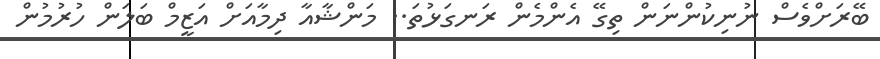
ބޭރަށްވެސް ނުނިކުންނަން ތިގޭ އެންމެން ރަނގަޅުތަ.. މަންޝާއާ ދިމާއަށް އަޒީމް ބަލަން ހުރުމުން